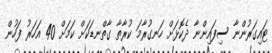
ޓައިގަރުންނާ ސިފައިންނާ ދެކޮޅަށް ހަނގުރާމަ ކުރާތާ ގާތްނޑަކަށް ކަމަށް 40 އަހަރު ފަހުން